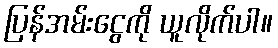
ပြန်အမ်းငွေကို ယူလိုက်ပါ။